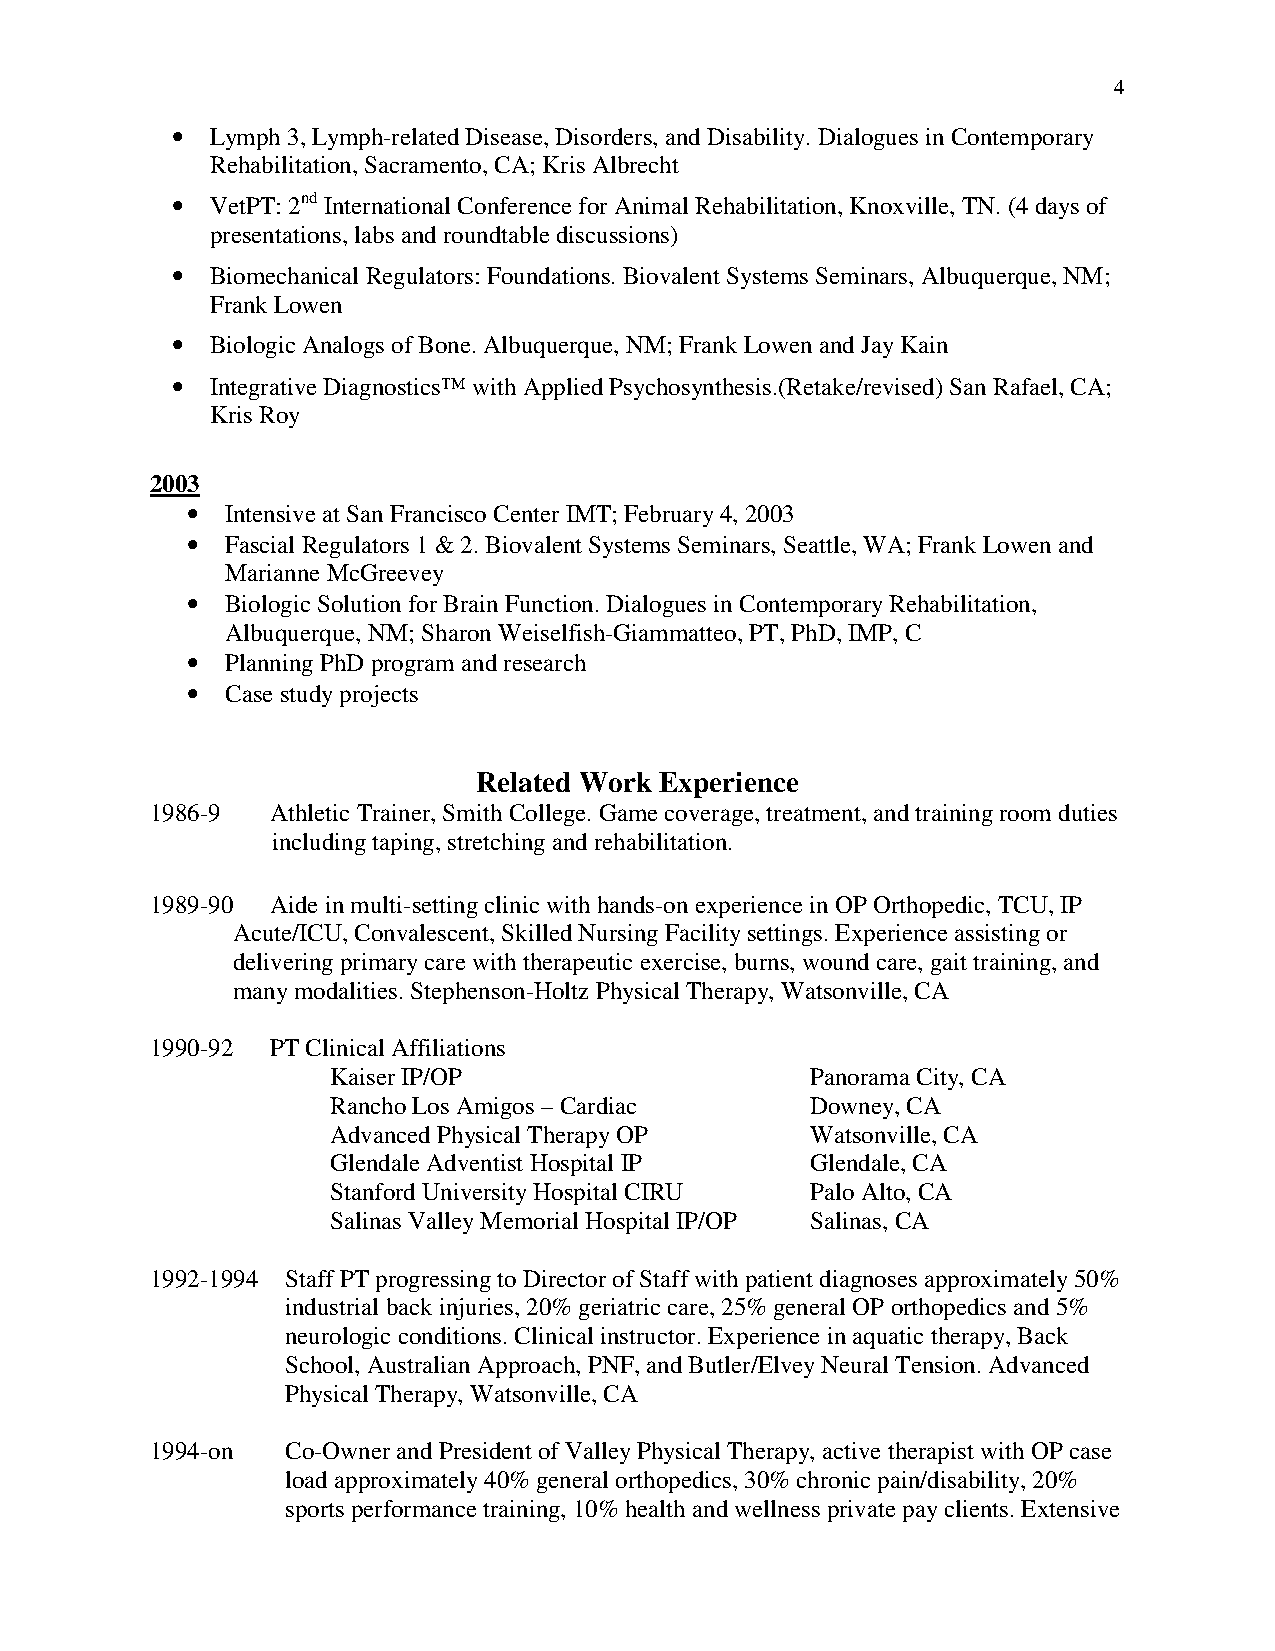
4
 •  Lymph 3, Lymph-related Disease, Disorders, and Disability. Dialogues in Contemporary
 Rehabilitation, Sacramento, CA; Kris Albrecht
 •  VetPT: 2nd International Conference for Animal Rehabilitation, Knoxville, TN. (4 days of
 presentations, labs and roundtable discussions)
 •  Biomechanical Regulators: Foundations. Biovalent Systems Seminars, Albuquerque, NM;
 Frank Lowen
 •  Biologic Analogs of Bone. Albuquerque, NM; Frank Lowen and Jay Kain
 •  Integrative Diagnostics™ with Applied Psychosynthesis.(Retake/revised) San Rafael, CA;
 Kris Roy
 2003
 •  Intensive at San Francisco Center IMT; February 4, 2003
 •  Fascial Regulators 1 & 2. Biovalent Systems Seminars, Seattle, WA; Frank Lowen and
 Marianne McGreevey
 •  Biologic Solution for Brain Function. Dialogues in Contemporary Rehabilitation,
 Albuquerque, NM; Sharon Weiselfish-Giammatteo, PT, PhD, IMP, C
 •  Planning PhD program and research
 •  Case study projects
 Related Work Experience
 1986-9  Athletic Trainer, Smith College. Game coverage, treatment, and training room duties
 including taping, stretching and rehabilitation.
 1989-90 Aide in multi-setting clinic with hands-on experience in OP Orthopedic, TCU, IP
 Acute/ICU, Convalescent, Skilled Nursing Facility settings. Experience assisting or
 delivering primary care with therapeutic exercise, burns, wound care, gait training, and
 many modalities. Stephenson-Holtz Physical Therapy, Watsonville, CA
 1990-92 PT Clinical Affiliations
 Kaiser IP/OP                    Panorama City, CA
 Rancho Los Amigos – Cardiac     Downey, CA
 Advanced Physical Therapy OP    Watsonville, CA
 Glendale Adventist Hospital IP  Glendale, CA
 Stanford University Hospital CIRU Palo Alto, CA
 Salinas Valley Memorial Hospital IP/OP Salinas, CA
 1992-1994 Staff PT progressing to Director of Staff with patient diagnoses approximately 50%
 industrial back injuries, 20% geriatric care, 25% general OP orthopedics and 5%
 neurologic conditions. Clinical instructor. Experience in aquatic therapy, Back
 School, Australian Approach, PNF, and Butler/Elvey Neural Tension. Advanced
 Physical Therapy, Watsonville, CA
 1994-on  Co-Owner and President of Valley Physical Therapy, active therapist with OP case
 load approximately 40% general orthopedics, 30% chronic pain/disability, 20%
 sports performance training, 10% health and wellness private pay clients. Extensive